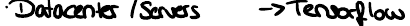
Datacenter / Servers -> Tensorflow